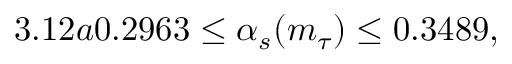
3 . 1 2 a 0 . 2 9 6 3 \leq \alpha _ { s } ( m _ { \tau } ) \leq 0 . 3 4 8 9 ,